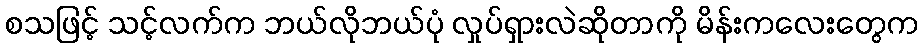
စသဖြင့် သင့်လက်က ဘယ်လိုဘယ်ပုံ လှုပ်ရှားလဲဆိုတာကို မိန်းကလေးတွေက